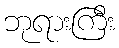
ဘုရားကြီး